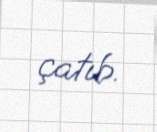
çatıb.